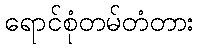
ရောင်စုံတမ်တံတား